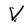
Character: V